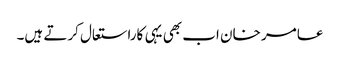
عامر خان اب بھی یہی کاراستعال کرتے ہیں۔